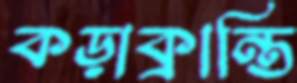
কড়াক্রান্তি